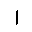
Letter: _alif